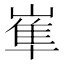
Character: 𡺾